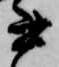
書